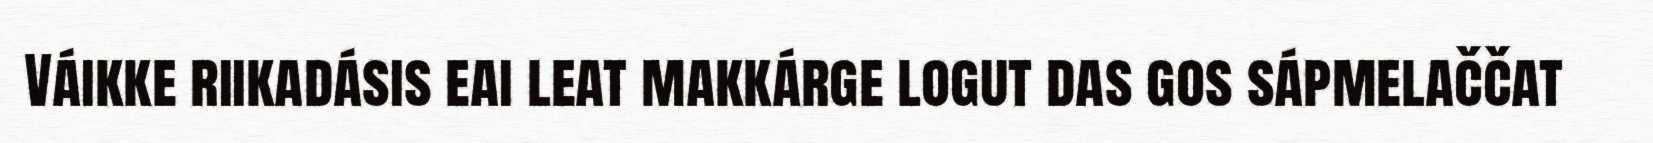
Váikke riikadásis eai leat makkárge logut das gos sápmelaččat